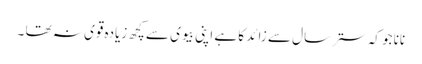
نانا جو کہ ستر سال سے زائد کا ہے اپنی بیوی سے کچھ زیادہ قوی نہ تھا ۔